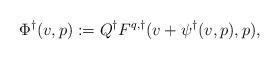
LaTeX: \begin{align*}\Phi^\dagger(v,p) := Q^\dagger F^{q,\dagger}(v + \psi^\dagger(v,p),p),\end{align*}